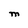
Character: M